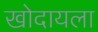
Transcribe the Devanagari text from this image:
खोदायला